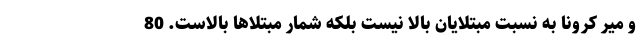
و میر کرونا به نسبت مبتلایان بالا نیست بلکه شمار مبتلاها بالاست. 80